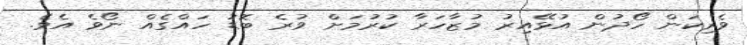
ވެރިކަން ހޯދުން އުޅޭއިރު މުޒާހަރާ ކުރުމަށް ވުރެ ބޮޑު ހައްގެއް ނޯވެ އެވެ.